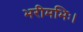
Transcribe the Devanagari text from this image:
भरीमभिः।